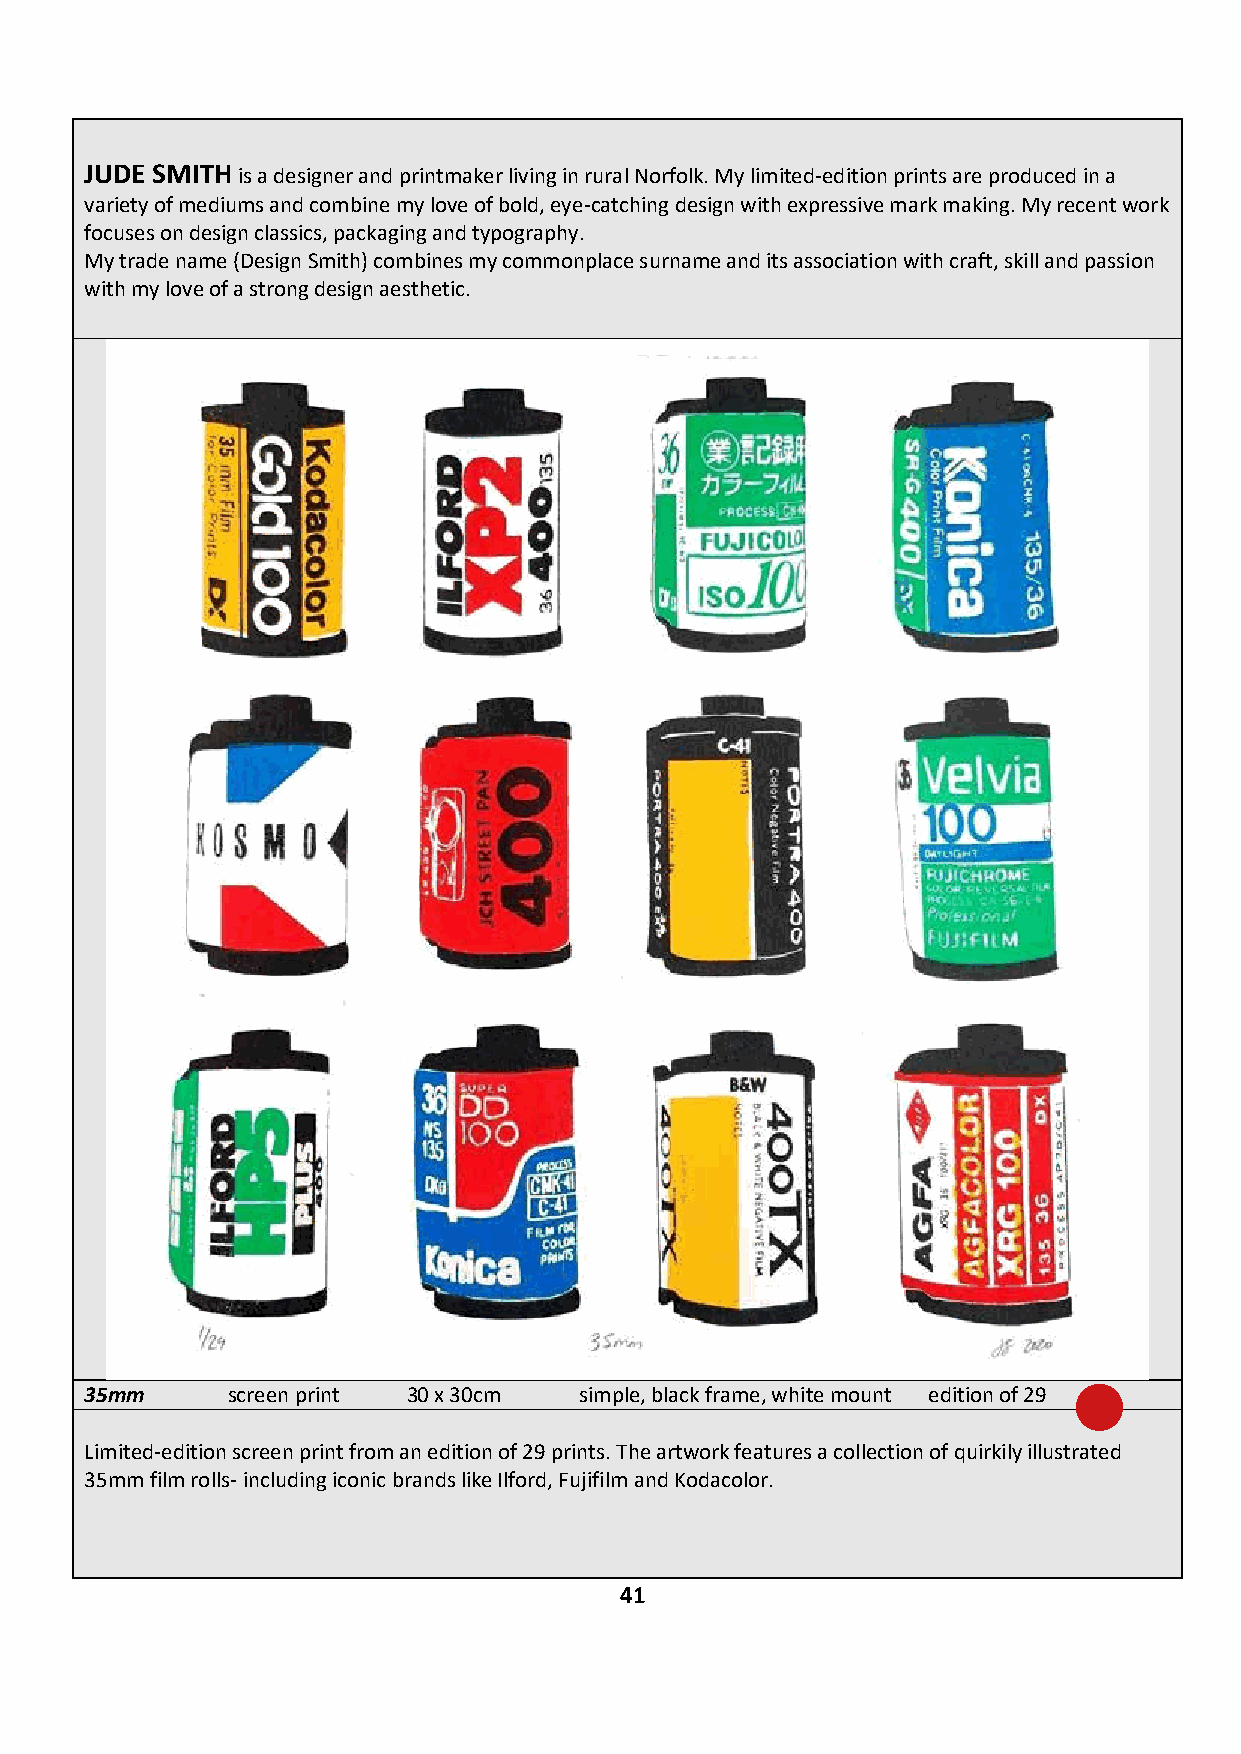
JUDE SMITH is a designer and printmaker living in rural Norfolk. My limited-edition prints are produced in a
 variety of mediums and combine my love of bold, eye-catching design with expressive mark making. My recent work
 focuses on design classics, packaging and typography.
 My trade name (Design Smith) combines my commonplace surname and its association with craft, skill and passion
 with my love of a strong design aesthetic.
 35mm     screen print 30 x 30cm simple, black frame, white mount edition of 29 £300
 Limited-edition screen print from an edition of 29 prints. The artwork features a collection of quirkily illustrated
 35mm film rolls- including iconic brands like Ilford, Fujifilm and Kodacolor.
 IF YOU ARE INTERESTED IN BUYING THIS WORK CONTACT: ADRIAN HILL - 01263 713883
 41